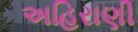
અહિરાણી